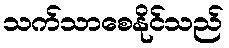
သက်သာစေနိုင်သည်